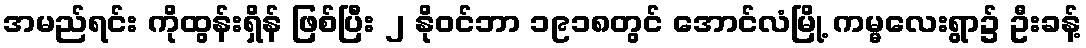
အမည်ရင်း ကိုထွန်းရှိန် ဖြစ်ပြီး ၂ နိုဝင်ဘာ ၁၉၁၈တွင် အောင်လံမြို့ ကမ္မလေးရွာ၌ ဦးခန့်